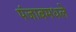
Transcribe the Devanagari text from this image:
पंजाबमधले